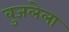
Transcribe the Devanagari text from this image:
बुजलेला